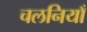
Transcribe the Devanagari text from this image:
चलनियाँ